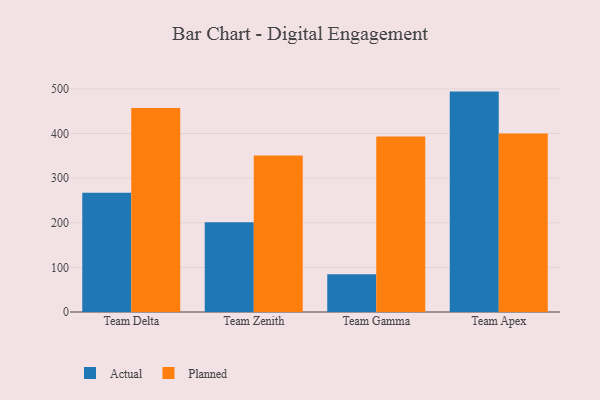
{"axis": {"x": "Team", "y": "Net Income (USD K)"}, "legend": ["Actual", "Planned"], "data": [{"x": "Team Delta", "y": 267.5, "type": "Actual"}, {"x": "Team Delta", "y": 457.2, "type": "Planned"}, {"x": "Team Zenith", "y": 201.4, "type": "Actual"}, {"x": "Team Zenith", "y": 350.8, "type": "Planned"}, {"x": "Team Gamma", "y": 84.4, "type": "Actual"}, {"x": "Team Gamma", "y": 393.3, "type": "Planned"}, {"x": "Team Apex", "y": 493.9, "type": "Actual"}, {"x": "Team Apex", "y": 400.0, "type": "Planned"}]}